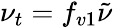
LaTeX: \nu_{t}=f_{v1}\tilde{\nu}